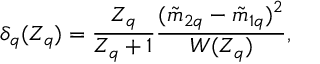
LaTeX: \delta _ { q } ( Z _ { q } ) = \frac { Z _ { q } } { Z _ { q } + 1 } \frac { ( \tilde { m } _ { 2 q } - \tilde { m } _ { 1 q } ) ^ { 2 } } { W ( Z _ { q } ) } ,